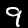
Label: 9